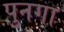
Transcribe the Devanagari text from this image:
पुनगा